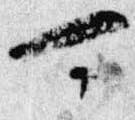
可